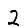
Digit: 2